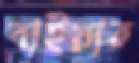
বাইয়ার